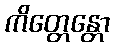
ကိတ္တေန္တော